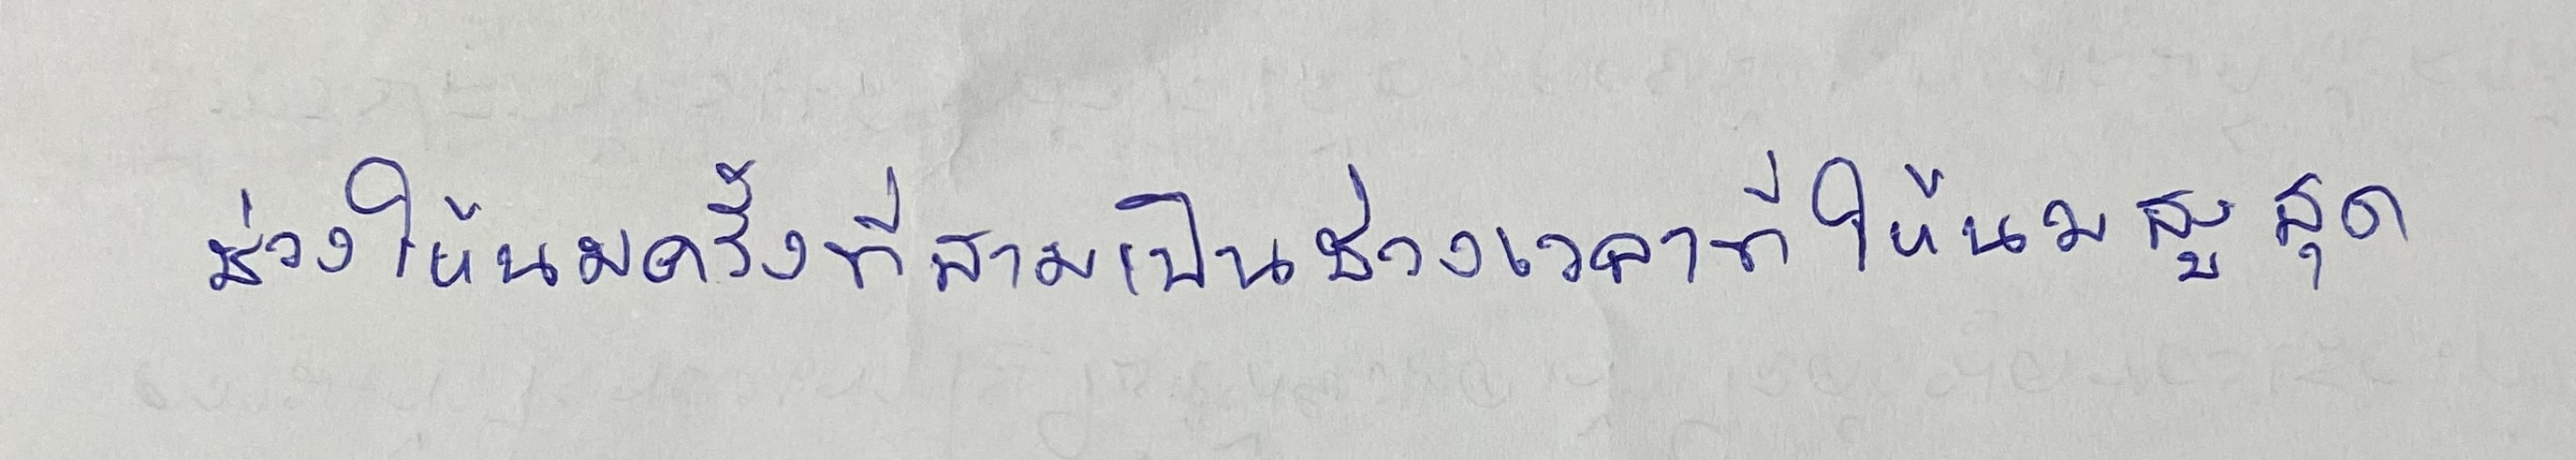
ช่วงให้นมครั้งที่สามเป็นช่วงเวลาที่ให้นมสูงสุด